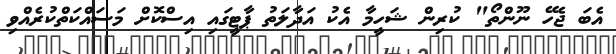
އެބަ ޖެހޭ ނޫންތޯ" ކުރިން ޝަހީމާ އެކު އަދާލަތު ޕާޓީގައި އިސްކޮށް މަސައްކަތްކުރެއްވި